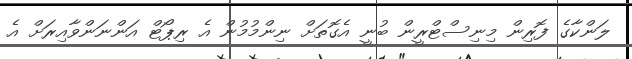
ލަންކާގެ ފޮރިން މިނިސްޓްރީން ބުނީ އެގޮތަށް ނިންމުމުން އެ ރިޕޯޓް އަންނަންވާއިރަށް އެ